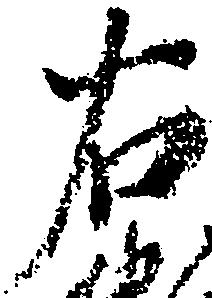
右